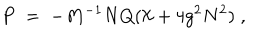
LaTeX: P \; = \; - M ^ { - 1 } N Q ( \aleph + 4 g ^ { 2 } N ^ { 2 } ) \; ,